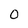
Character: 0